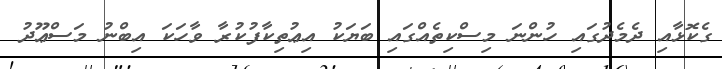
ގެކޮޅާއި ދެމެދުގައި ހުންނަ މިސްކިތެއްގައި ބަޔަކު އިޢުތިކާފުކުރާ ވާހަކަ އިބްނު މަސްޢޫދު